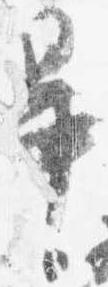
畢